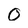
Character: O